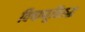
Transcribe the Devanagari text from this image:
विषाणूविरुद्ध